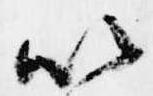
以